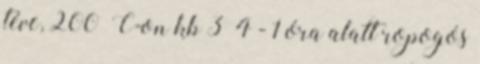
téve, 200°C-on kb 3 4 - 1 óra alatt ropogós